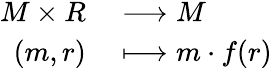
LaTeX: \begin{array}{rl}{M\times R}&{{}\longrightarrow M}\\ {(m,r)}&{{}\longmapsto m\cdot f(r)}\end{array}